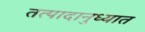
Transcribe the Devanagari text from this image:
तत्पादानुध्यात